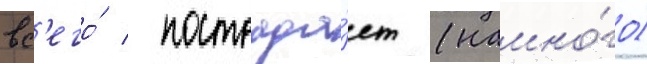
вс'его́ / пострада́ет (намно́го)